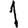
Digit: 1